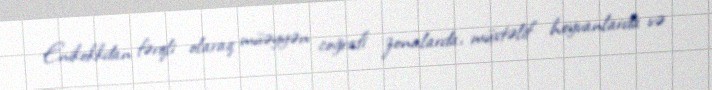
Enikokkdan fərqli olaraq müəyyən coğrafi zonalarda, müxtəlif heyvanlarda və